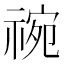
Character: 𬓅